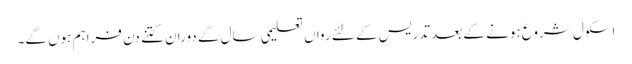
اسکول شروع ہونے کے بعد تدریس کے لئے رواں تعلیمی سال کے دوران کتنے دن فراہم ہوں گے۔